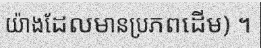
យ៉ាងដែលមានប្រភពដើម) ។